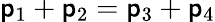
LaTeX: \mathsf{p}_{1}+\mathsf{p}_{2}=\mathsf{p}_{3}+\mathsf{p}_{4}